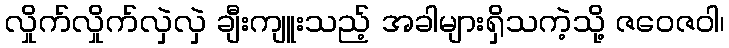
လှိုက်လှိုက်လှဲလှဲ ချီးကျူးသည့် အခါများရှိသကဲ့သို့ ဇဝေဇဝါ၊